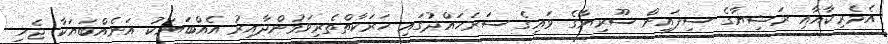
އެމެރިކާއާއި ރަޝިޔާގެ ސިފައިން ސޫރިޔާގެ ވައިގެ ސަރަހައްދުގައި ހަރަކާތްތެރިވަމުންދާއިރު އެއްބަޔަކު އަނެއްބަޔަކާ ޖެހި